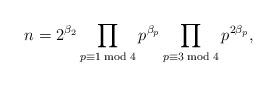
LaTeX: \begin{align*} n = 2^{\beta_2} \prod_{p \equiv 1 \bmod 4}p^{\beta_p} \prod_{p \equiv 3 \bmod 4}p^{2\beta_p},\end{align*}